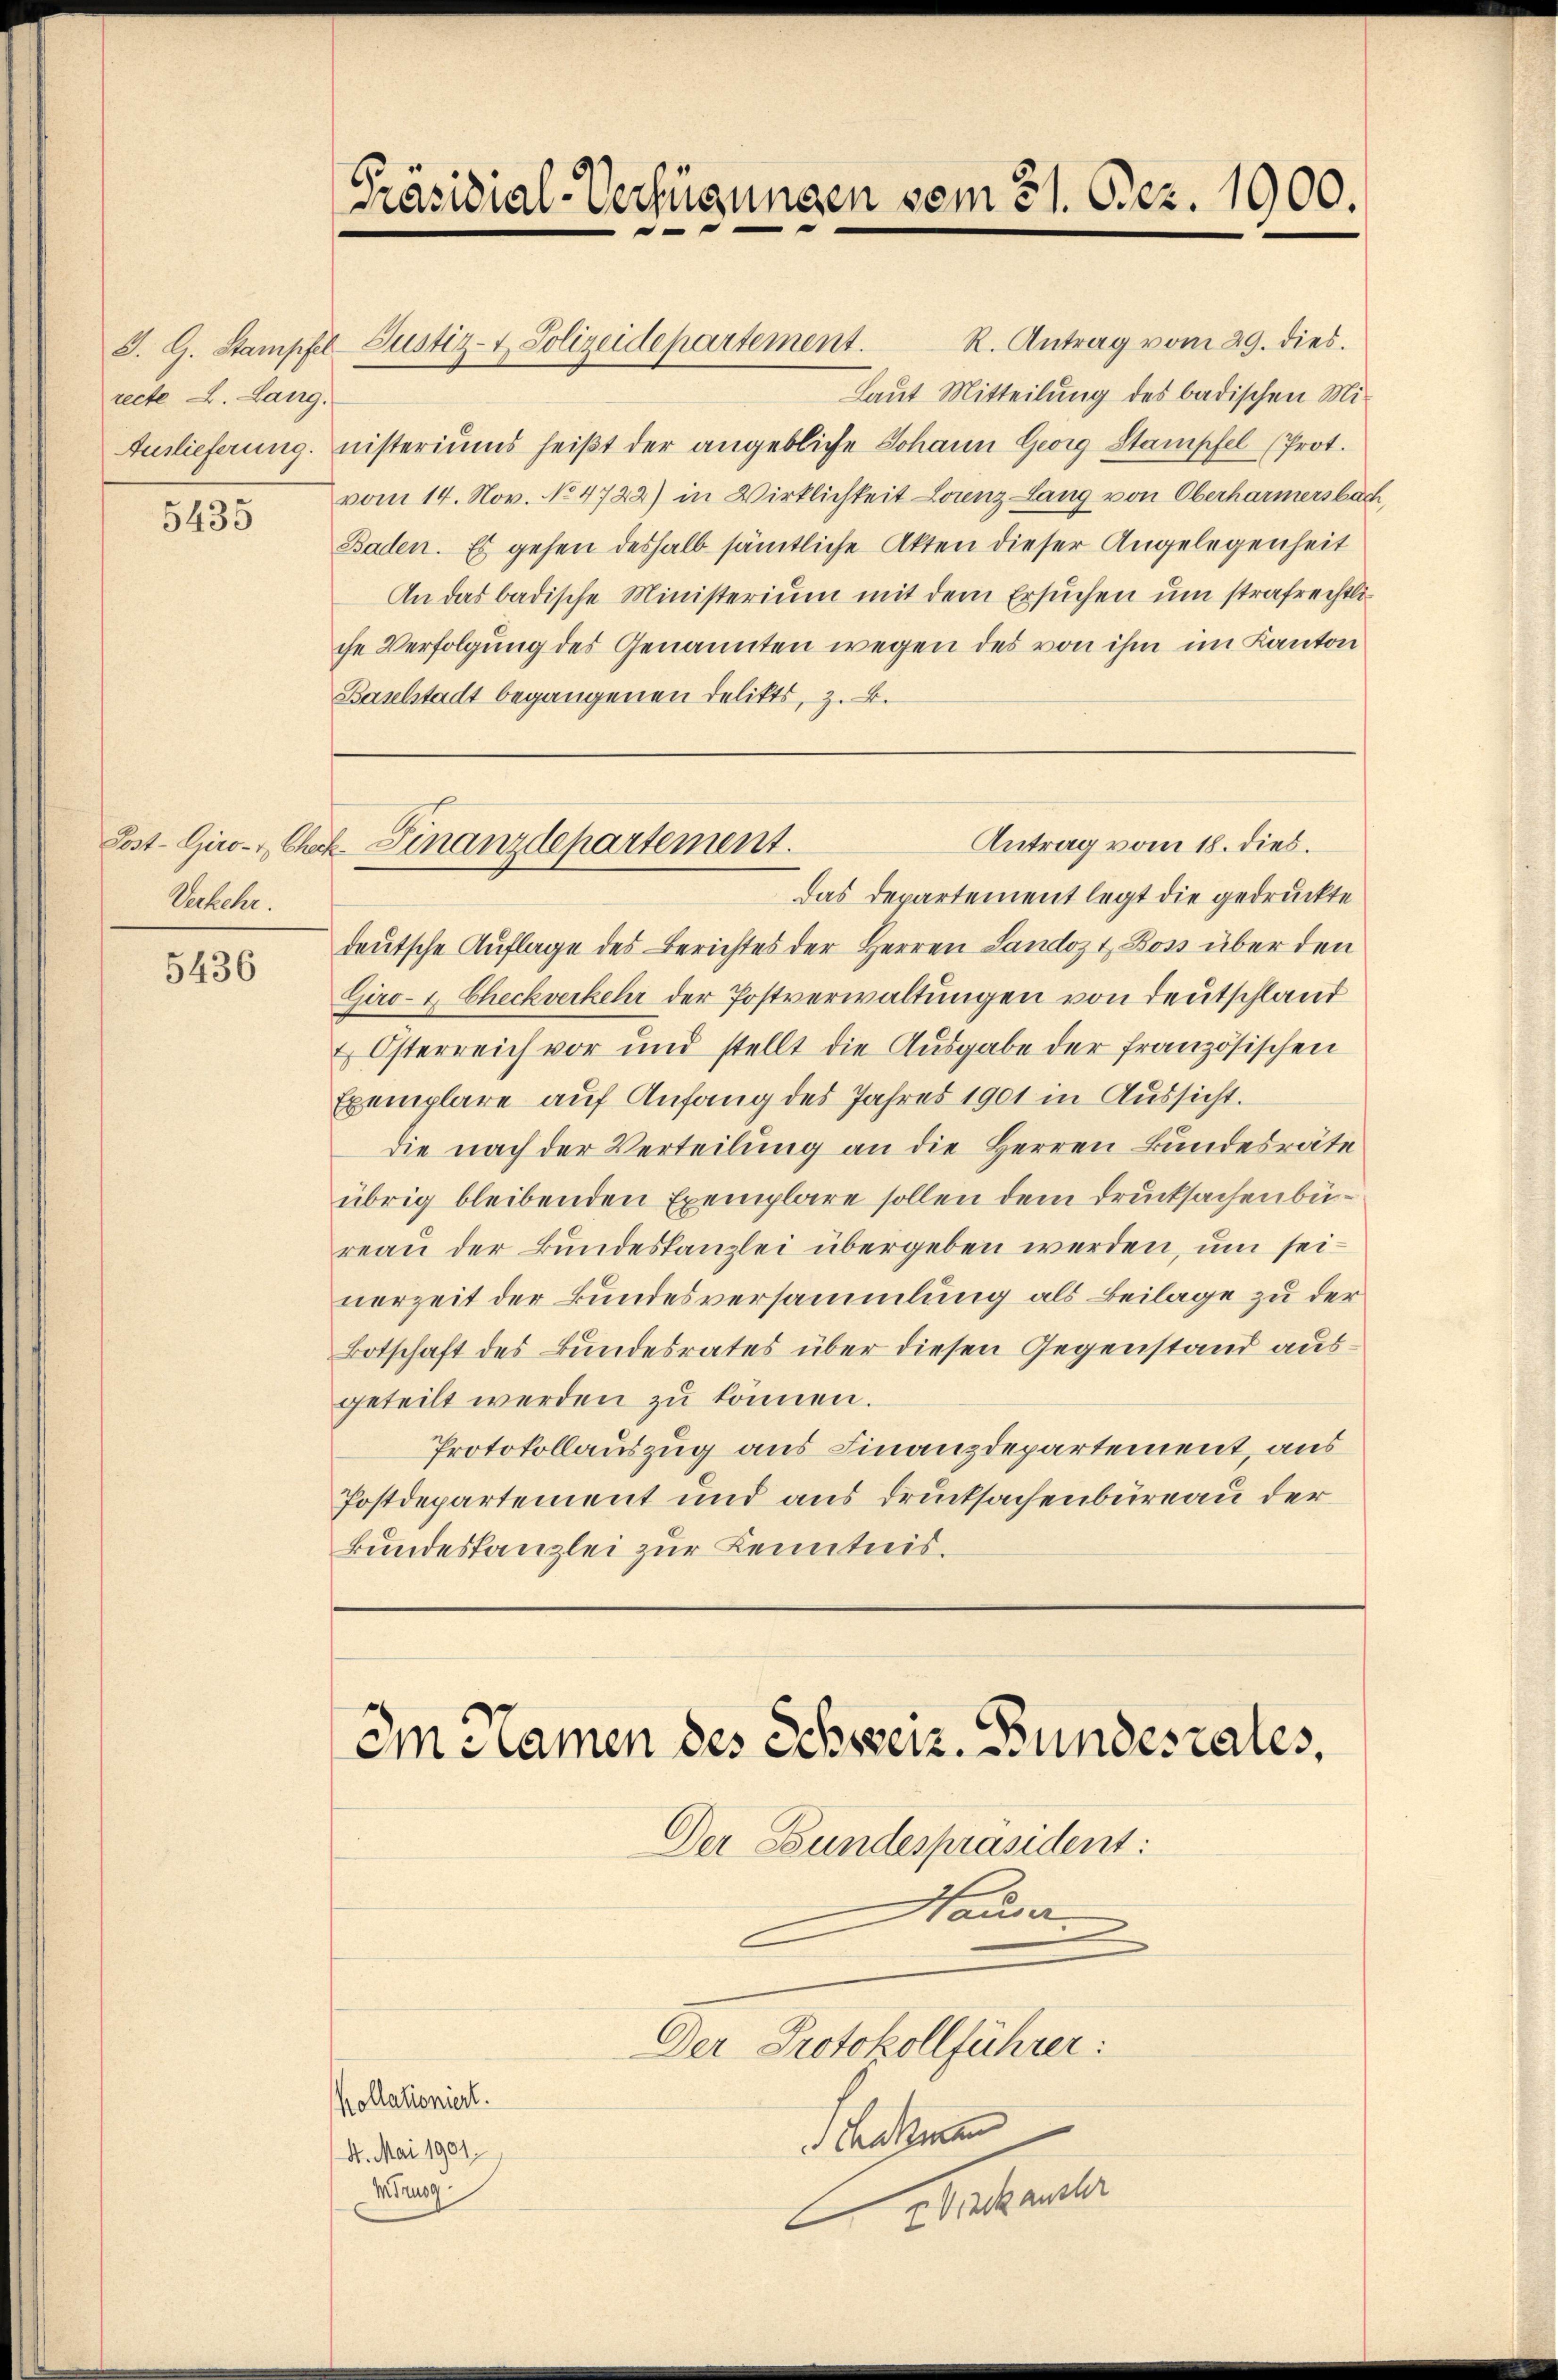
recte L. Lang.

5435

Verkehr.

5436

Präsidial-Verfügungen vom 31. Dez. 1900.

R. Antrag vom 29. dies.
J. G. Stampfel-Justiz- & Polizeidepartement.
Laut Mitteilung des badischen Mi¬
Auslieferung, nisteriums heißt der angebliche Johann Georg Stampfel (Prot.
vom 14. Nov. No 4722) in Wirklichkeit Lorenz lang von Oberharmersbach,
Baden. Es gehen deshalb sämtliche Akten dieser Angelegenheit
An das badische Ministerium mit dem Ersuchen um strafrechtliche Verfolgung des Genannten wegen des von ihm im Kanton
Baselstadt begangenen Delikts, z. B.

Mirung

Antrag vom 18. dies.
Post- Giro- Ch. Finanzdepartement.

Das Departement legt die gedruckte
deutsche Auflage des Berichtes der Herren Landoz & Boss über den
Giro- & Checkverkehr der Postverwaltungen von Deutschland
 Österreich vor und stellt die Ausgabe der französischen
Exemplare auf Anfang des Jahres 1901 in Aussicht.
die nach der Verteilung an die Herren Bundesräte
übrig bleibenden Exemplare sollen dem Drucksachenbüreau der Bundeskanzlei übergeben werden, um seinerzeit der Bundesversammlung als Beilage zu der
Botschaft des Bundesrates über diesen Gegenstand ausgeteilt werden zu können.
Protokollauszug aus Finanzdepartement, aus
Postdepartement und aus Drucksachenbureau der
Bundeskanzlei zur Kenntnis.

Im Namen des Schweiz. Bundesrates,

Der Bundespräsident:
Hauser
Der Protokollführer:
Kollationiert.
 Thalman
4. Mai 1901.

sahenter